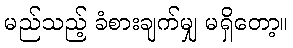
မည်သည့် ခံစားချက်မျှ မရှိတော့။